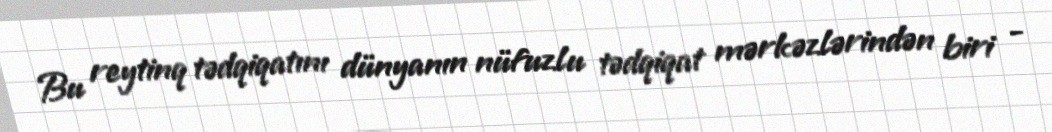
Bu reytinq tədqiqatını dünyanın nüfuzlu tədqiqat mərkəzlərindən biri -